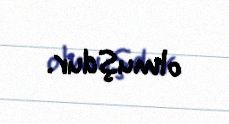
olmuşdur.